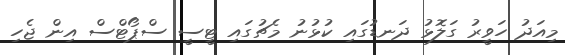
މިއަދު ހަވީރު ގަަލޮޅު ދަނޑުގައި ކުޅުނު މެޗުގައި ޓީސީ ސްޕޯޓްސް އިން ޖެހި